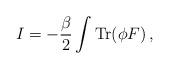
LaTeX: \begin{align*}I = -\frac{\beta}{2} \int {\mathrm{Tr}}(\phi F)\,,\end{align*}